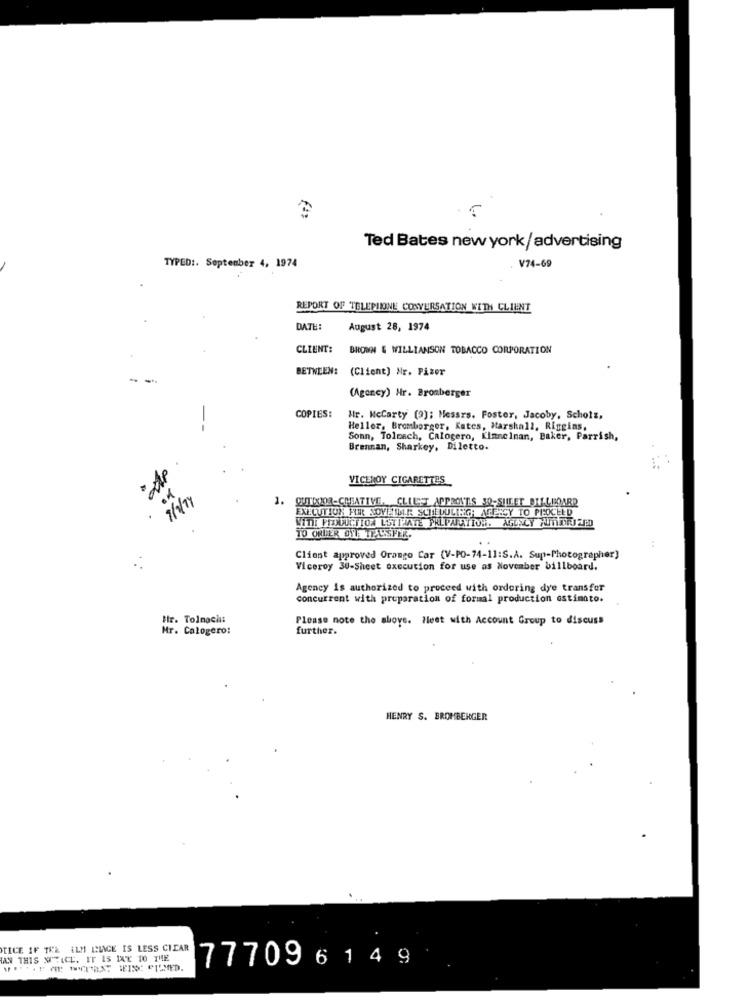
Ted Bates new york/advertising
TYPED :. September 4, 1974
V74-69
REPORT OF TELEPHONE CONVERSATION WITH CLIENT
DATE:
August 28, 1974
CLIENT:
BROWN & WILLIANSON TOBACCO CORPORATION
BETWEEN: (Client) Nr. Pizer
(Agency) Nr. Bromberger
COPIES:
Hr. Mccarty (9); Messrs. Foster, Jacoby, Scholz,
Heller, Bromberger, Kates, Marshall, Riggias,
Sonn, Tolcach, Calogero, Kimnelman, Baker, Parrish,
Brennan, Sharkey, Diletto.
VICEROY CIGARETTES
1. QUTIXMIR-CREATIVE. CLULYT APPROVES 30-SILLET DILLEBOARD
EXECUTION FUER LOVETLLA SCHEDULING; AGENCY TO PROCEED
VITI PRODUCTION ESTIMATE PRLPARTYTON. AGENCY WITHPRZED
TO ORDER OST TPASSPER-
Client approved Orango Car (V-PO-74-11:S.A. Sup-Photographer)
Viceroy 30-Sheet oxecution for use as November billboard.
Agency is authorized to proceed with ordering dye transfer
concurrent with preparation of formal production ostinato.
Hir. Tolnaci:
Please note the above. Heet with Account Group to discuss
Mr. Calogero:
further.
HENRY S. BROMBERGER
TICE IF TRE ALM IMAGE IS LESS CICAR
IAN THIS NOTICE. IT IS 1AY TO THE
777096 14 9